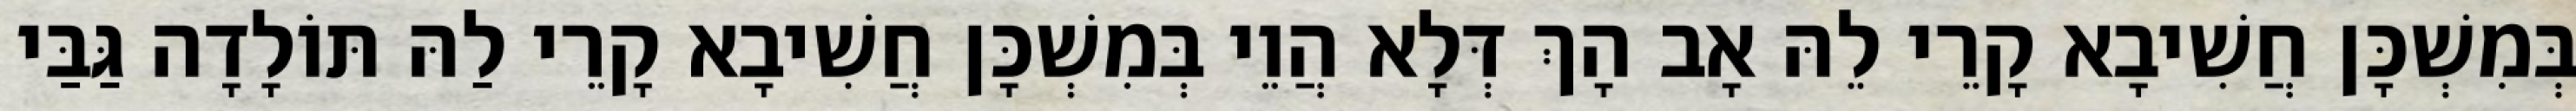
בְּמִשְׁכָּן חֲשִׁיבָא קָרֵי לֵהּ אָב הָךְ דְּלָא הֲוֵי בְּמִשְׁכָּן חֲשִׁיבָא קָרֵי לַהּ תּוֹלָדָה גַּבַּי